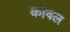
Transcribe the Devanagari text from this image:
कोषल